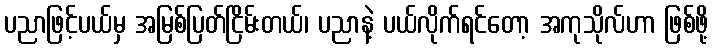
ပညာဖြင့်ပယ်မှ အမြစ်ပြတ်ငြိမ်းတယ်၊ ပညာနဲ့ ပယ်လိုက်ရင်တော့ အကုသိုလ်ဟာ ဖြစ်ဖို့